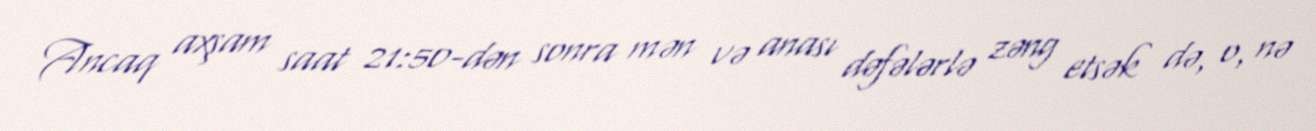
Ancaq axşam saat 21:50-dən sonra mən və anası dəfələrlə zəng etsək də, o, nə